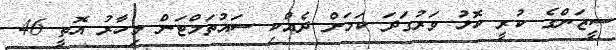
ސީޒަންގެ ކުރީ ކޮޅު ވަރުގަދަ ކަމަށް ދެއްކި ސައުތަމްޓަން މިހާރު އޮތީ 46